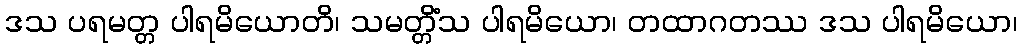
ဒသ ပရမတ္တ ပါရမိယောတိ၊ သမတ္တိံသ ပါရမိယော၊ တထာဂတဿ ဒသ ပါရမိယော၊